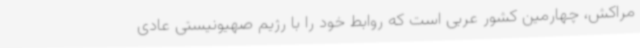
مراکش، چهارمین کشور عربی است که روابط خود را با رژیم صهیونیستی عادی